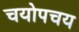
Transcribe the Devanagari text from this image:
चयोपचय